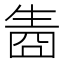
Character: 𤯬